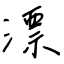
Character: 漂